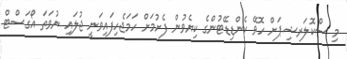
މި ސްކޮލަރޝިޕަށް ހޮވޭ ކެންޑިޑޭޓުންގެ ކިޔެވުން ފެށުމަށް ހަމަޖެހިފައިވަނީ ޖުލައި ނުވަތަ އޯގަސްޓް